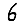
Digit: 6